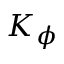
K _ { \phi }